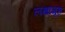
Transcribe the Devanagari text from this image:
लक्षागृह